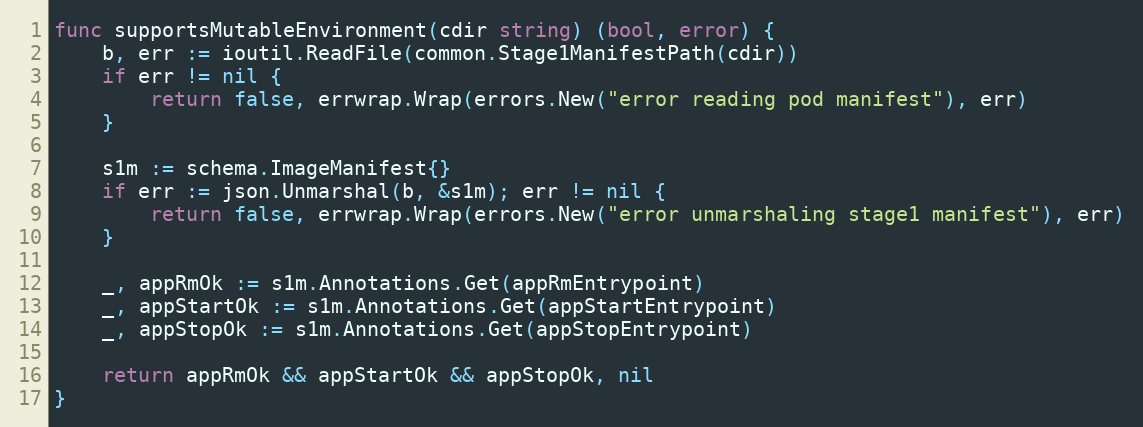
Language: Go
func supportsMutableEnvironment(cdir string) (bool, error) {
	b, err := ioutil.ReadFile(common.Stage1ManifestPath(cdir))
	if err != nil {
		return false, errwrap.Wrap(errors.New("error reading pod manifest"), err)
	}

	s1m := schema.ImageManifest{}
	if err := json.Unmarshal(b, &s1m); err != nil {
		return false, errwrap.Wrap(errors.New("error unmarshaling stage1 manifest"), err)
	}

	_, appRmOk := s1m.Annotations.Get(appRmEntrypoint)
	_, appStartOk := s1m.Annotations.Get(appStartEntrypoint)
	_, appStopOk := s1m.Annotations.Get(appStopEntrypoint)

	return appRmOk && appStartOk && appStopOk, nil
}